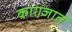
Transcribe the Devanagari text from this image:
काग़जात